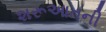
શરૂઆતની